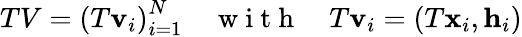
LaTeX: TV=\left(T\mathbf{v}_{i}\right)_{i=1}^{N}\quad\mathrm{~w~i~t~h~}\quad T\mathbf{v}_{i}=(T\mathbf{x}_{i},\mathbf{h}_{i})